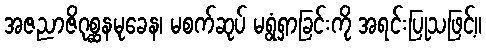
အဇညာဇိဂုစ္ဆနမုခေန၊ မစက်ဆုပ် မရွံရှာခြင်းကို အရင်းပြုသဖြင့်။